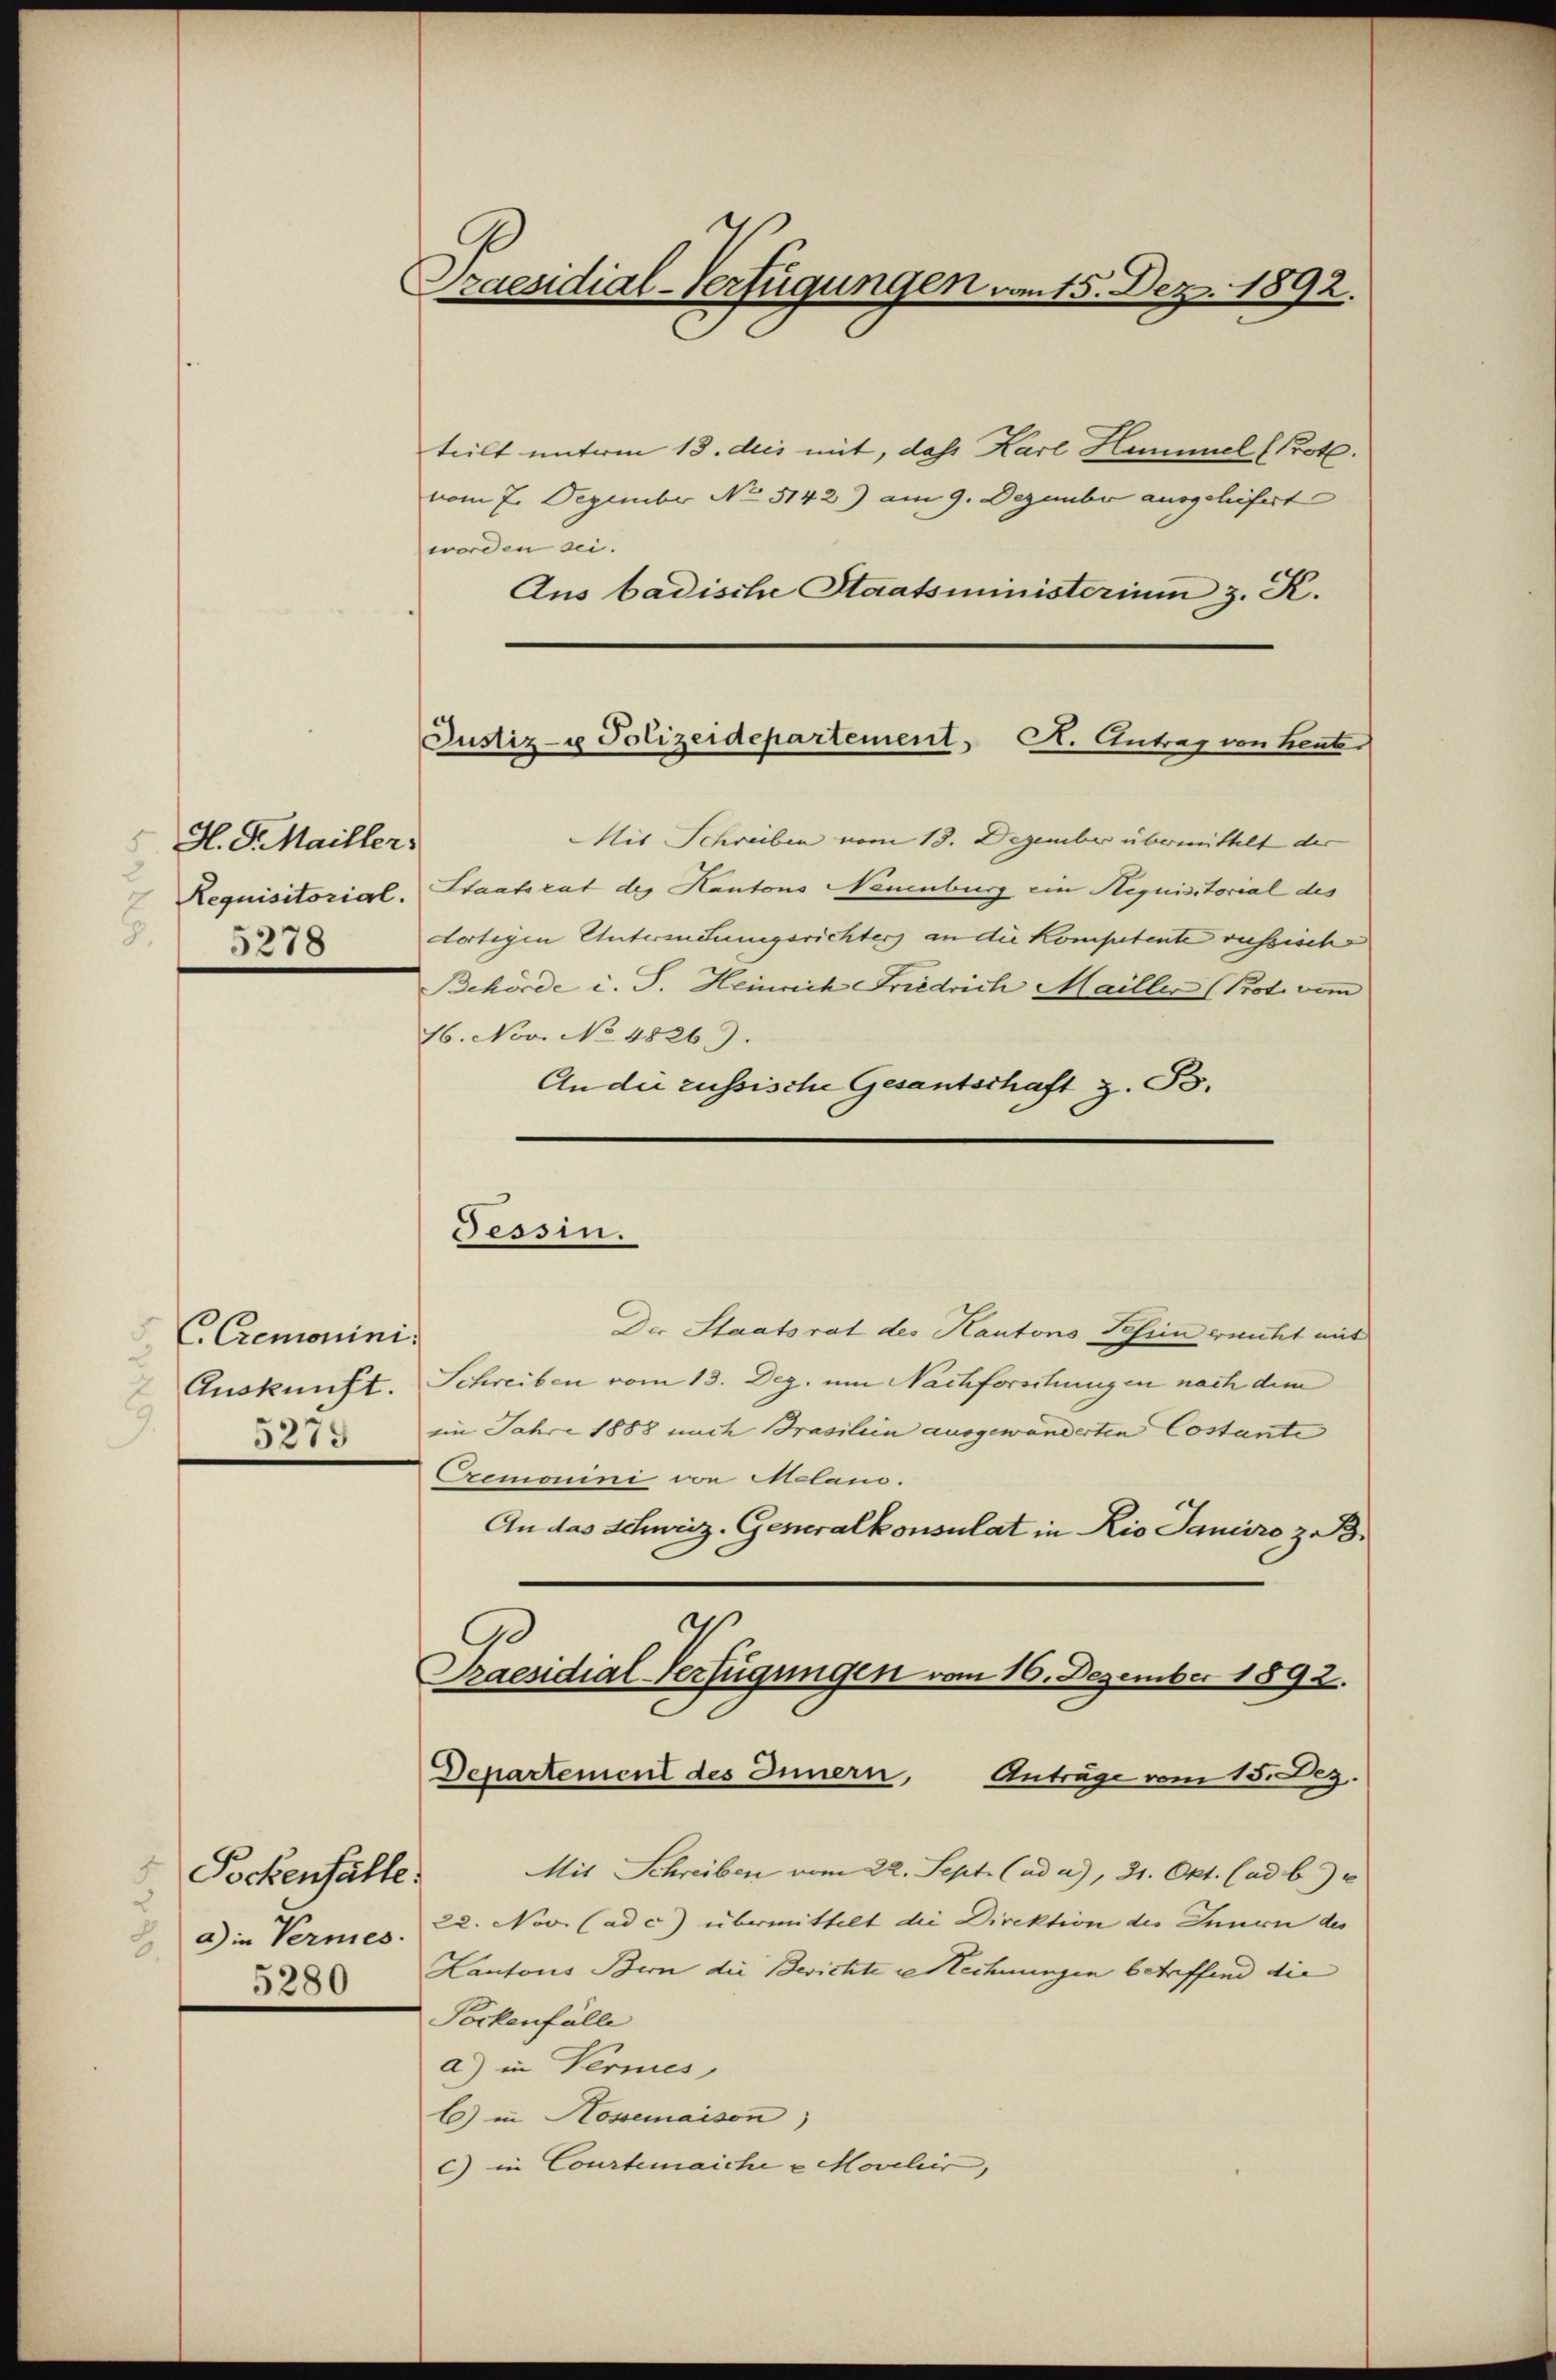
H. S. Mailler.
 5278

C. Cremonini.
5275

Sockenhalte.
 die Vermes
5280

Praesidial-Verfügungen vom 15. Dez. 1892.

teilt unterm 13. des mit, daß Karl Hummel (Prot.
vom 7. Dezember No 5142) am 9. Dezember ausgeliefert
worden sei.
Aus badische Staatsministerium z. K.

Justiz- u Polizeidepartement. A. Antrag von heut

Mit Schreiben vom 13. Dezember übermittelt der
Requisitorial-Staatsrat der Kantons Neuenburg ein Requisitorial des
dortigen Untersuchungsrichter an die Kompetente russisch
Behörde i. S. Heinrich Friedrich Mailler (Prot. vom
16. Nov. No 4826).
An die russische Gesantschaft z. B.
Der Staatsrat des Kantons Schien erricht mit
Auskunft. Schreiben vom 13. Dez. um Nachforschungen nach dem
iin Jahre 1888 nach Brasilien ausgewanderten Costante
Cremonini von Melano.
An das Schweiz. Generalkonsulat in Rio Janeiro z. B.
¬
.
Praesidial-Verfügungen vom 16. Dezember 1892.

Tessin.

Departement des Innern, Anträge vom 15. Dez.
Mit Schreiben vom 22. Sept. (ad a.), 31. Okt. (ad b.) u

22. Nov. (ad c) übermittelt die Direktion des Innern des
Kantons Bern die Berichte rechnungen betreffend die
Sockenfälle
a) in Vermes,
b) in Hosemaison)
c) in Courtenaiche u Morelir,